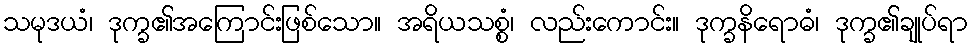
သမုဒယံ၊ ဒုက္ခ၏အကြောင်းဖြစ်သော။ အရိယသစ္စံ၊ လည်းကောင်း။ ဒုက္ခနိရောဓံ၊ ဒုက္ခ၏ချုပ်ရာ